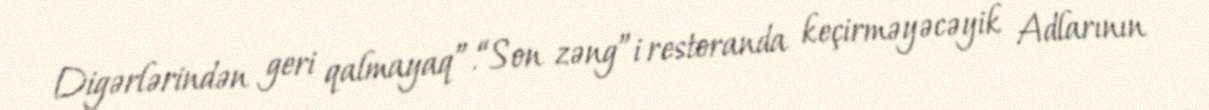
Digərlərindən geri qalmayaq”.“Son zəng”i restoranda keçirməyəcəyik Adlarının